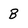
Character: B